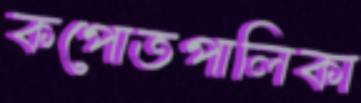
কপোতপালিকা